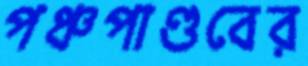
পঞ্চপাণ্ডবের